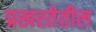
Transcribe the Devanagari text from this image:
प्रखरतेतील